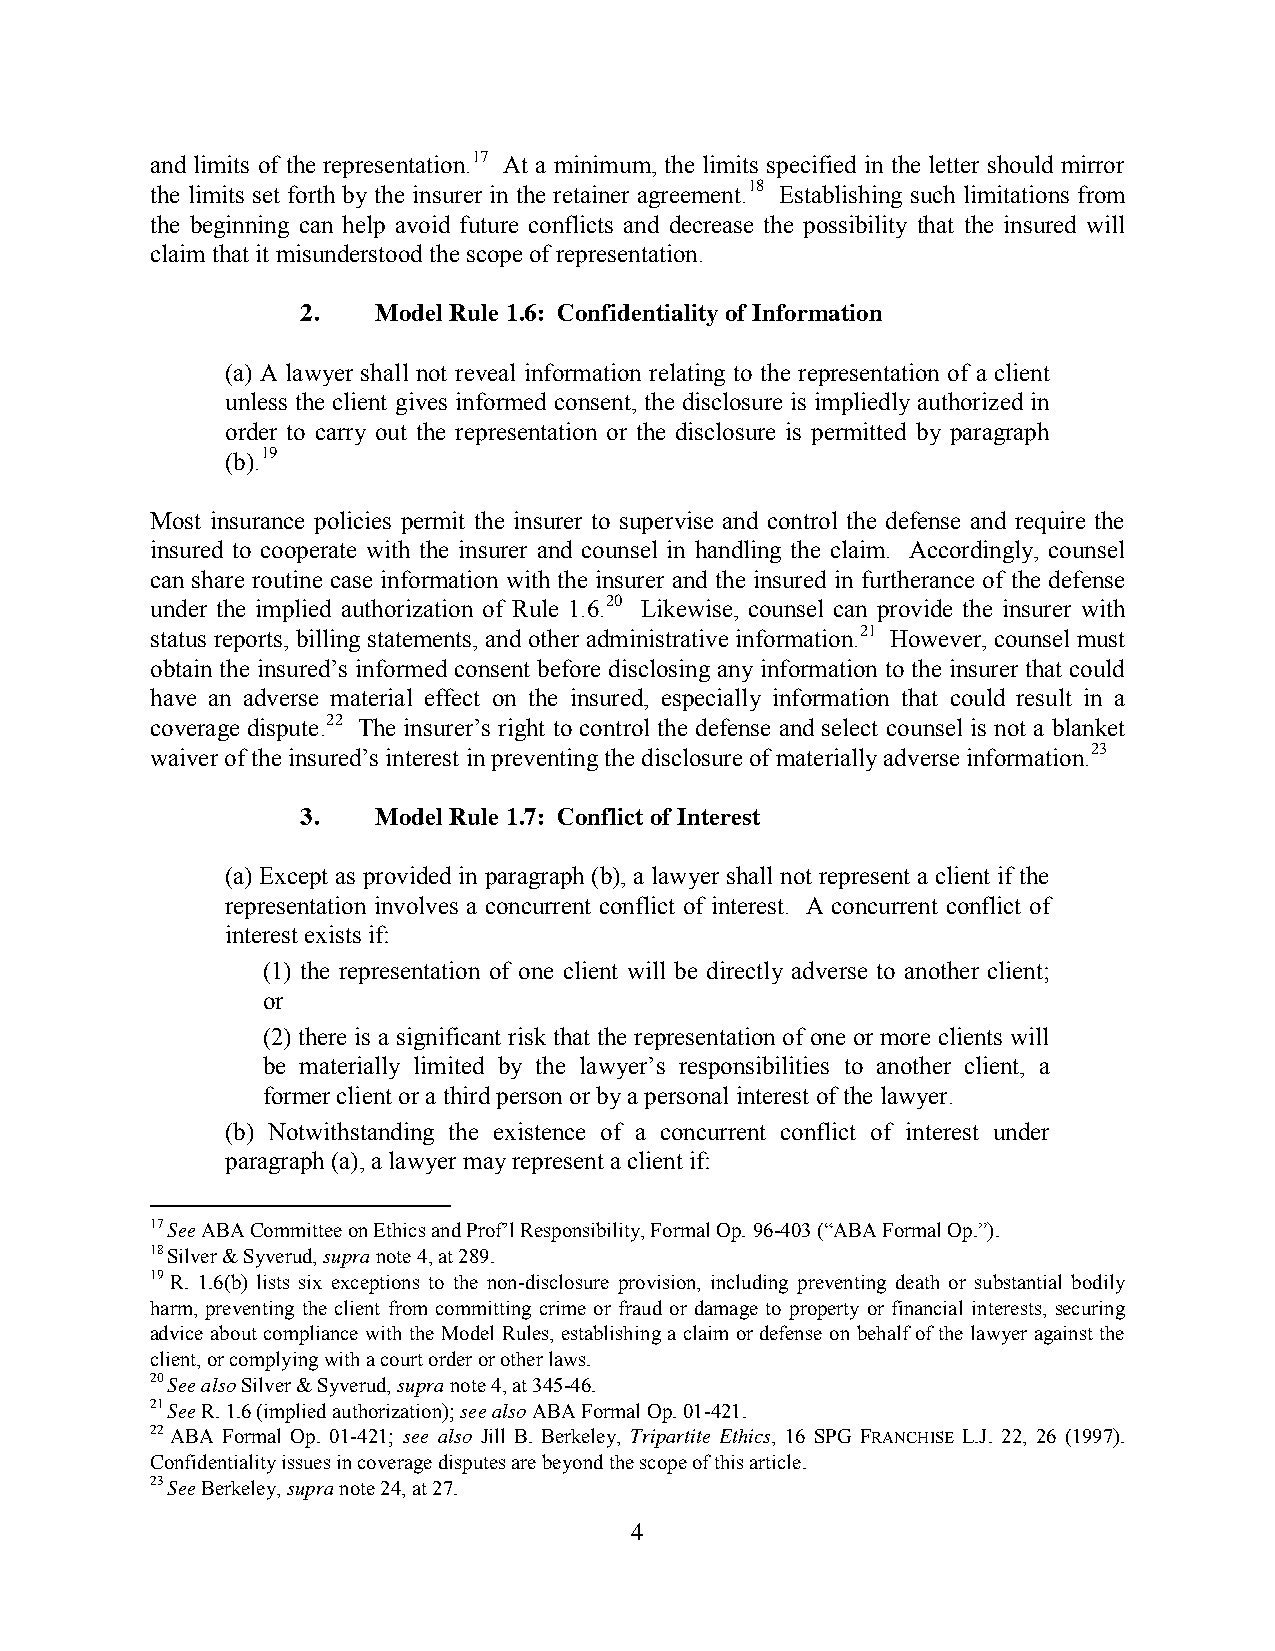
and limits of the representation.17 At a minimum, the limits specified in the letter should mirror
 the limits set forth by the insurer in the retainer agreement.18 Establishing such limitations from
 the beginning can help avoid future conflicts and decrease the possibility that the insured will
 claim that it misunderstood the scope of representation.
 2.   Model Rule 1.6: Confidentiality of Information
 (a) A lawyer shall not reveal information relating to the representation of a client
 unless the client gives informed consent, the disclosure is impliedly authorized in
 order to carry out the representation or the disclosure is permitted by paragraph
 (b).19
 Most insurance policies permit the insurer to supervise and control the defense and require the
 insured to cooperate with the insurer and counsel in handling the claim. Accordingly, counsel
 can share routine case information with the insurer and the insured in furtherance of the defense
 under the implied authorization of Rule 1.6.20 Likewise, counsel can provide the insurer with
 status reports, billing statements, and other administrative information.21 However, counsel must
 obtain the insured’s informed consent before disclosing any information to the insurer that could
 have an adverse material effect on the insured, especially information that could result in a
 coverage dispute.22 The insurer’s right to control the defense and select counsel is not a blanket
 waiver of the insured’s interest in preventing the disclosure of materially adverse information.23
 3.   Model Rule 1.7: Conflict of Interest
 (a) Except as provided in paragraph (b), a lawyer shall not represent a client if the
 representation involves a concurrent conflict of interest. A concurrent conflict of
 interest exists if:
 (1) the representation of one client will be directly adverse to another client;
 or
 (2) there is a significant risk that the representation of one or more clients will
 be materially limited by the lawyer’s responsibilities to another client, a
 former client or a third person or by a personal interest of the lawyer.
 (b) Notwithstanding the existence of a concurrent conflict of interest under
 paragraph (a), a lawyer may represent a client if:
 17 See ABA Committee on Ethics and Prof’l Responsibility, Formal Op. 96-403 (“ABA Formal Op.”).
 18 Silver & Syverud, supra note 4, at 289.
 19 R. 1.6(b) lists six exceptions to the non-disclosure provision, including preventing death or substantial bodily
 harm, preventing the client from committing crime or fraud or damage to property or financial interests, securing
 advice about compliance with the Model Rules, establishing a claim or defense on behalf of the lawyer against the
 client, or complying with a court order or other laws.
 20 See also Silver & Syverud, supra note 4, at 345-46.
 21 See R. 1.6 (implied authorization); see also ABA Formal Op. 01-421.
 22 ABA Formal Op. 01-421; see also Jill B. Berkeley, Tripartite Ethics, 16 SPG FRANCHISE L.J. 22, 26 (1997).
 Confidentiality issues in coverage disputes are beyond the scope of this article.
 23 See Berkeley, supra note 24, at 27.
 4